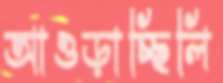
আওড়াচ্ছিলি